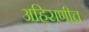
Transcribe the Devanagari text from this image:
अहिराणीच